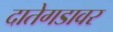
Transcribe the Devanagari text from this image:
दातेगडावर